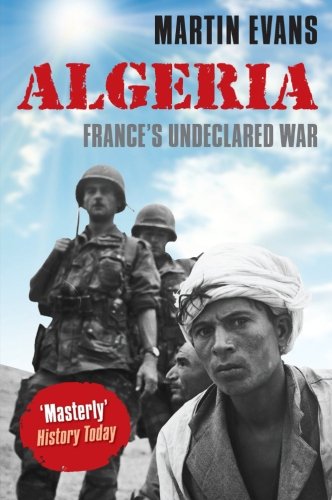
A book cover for Algeria: France's Undeclared War (Making of the Modern World); Martin Evans; History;